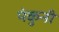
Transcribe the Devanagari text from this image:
पंकुनी